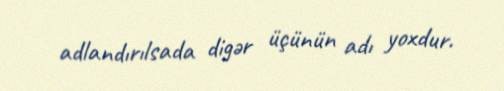
adlandırılsada digər üçünün adı yoxdur.